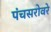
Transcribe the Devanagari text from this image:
पंचसरोवरे